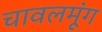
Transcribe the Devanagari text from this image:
चावलमूंग